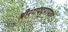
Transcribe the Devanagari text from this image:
श्रीरंगपट्टणमवर